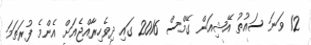
12 ވަނަ ސައުތު އޭޝިއަން ގޭމްސް 2016 ގައި ދިވެހިރާއްޖެއަށް އެންމެ ފުރަތަމަ